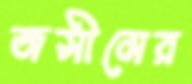
জসীমের